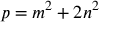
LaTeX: p = m ^ { 2 } + 2 n ^ { 2 }